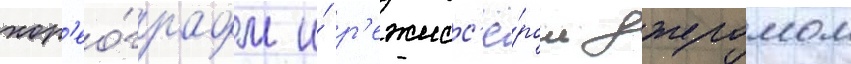
хор'ео́графом и́ р'ежисс'ё́ром джеромом